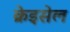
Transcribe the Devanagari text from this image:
क्रेइसेल